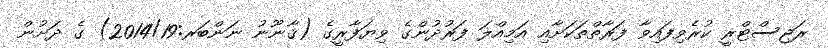
ރަޖިސްޓްރީ ކުރެވިފައިވާ ފަރާތްތަކަށާއި އަމިއްލަ ފަރުދުންގެ ވިޔަފާރީގެ (ޤާނޫނު ނަންބަރ:2014/19) ގެ ދަށުން